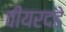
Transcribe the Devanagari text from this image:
वीयरदडे